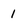
Character: 1